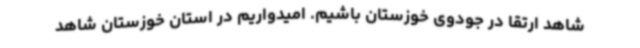
شاهد ارتقا در جودوی خوزستان باشیم. امیدواریم در استان خوزستان شاهد